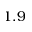
1 . 9